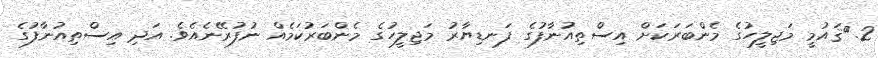
2.	ޤައުމީ މަޖިލީހުގެ މެންބަރަކަށް އިސްތިއުނާފުގެ ފަނޑިޔާރު މަޖިލީހުގެ މެންބަރުކަމެއް ނުފުރޭނެއެވެ. އަދި އިސްތިއުނާފުގެ